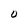
Character: 0